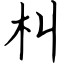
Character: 朻